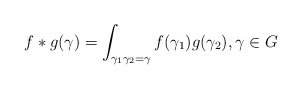
\begin{align*} f*g(\gamma)=\int_{\gamma_1\gamma_2=\gamma}f(\gamma_1)g(\gamma_2), \gamma\in G\end{align*}